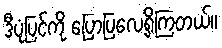
ဒီပုံပြင်ကို ပြောပြလေ့ရှိကြတယ်။